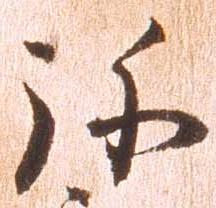
弥